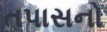
તપાસનો